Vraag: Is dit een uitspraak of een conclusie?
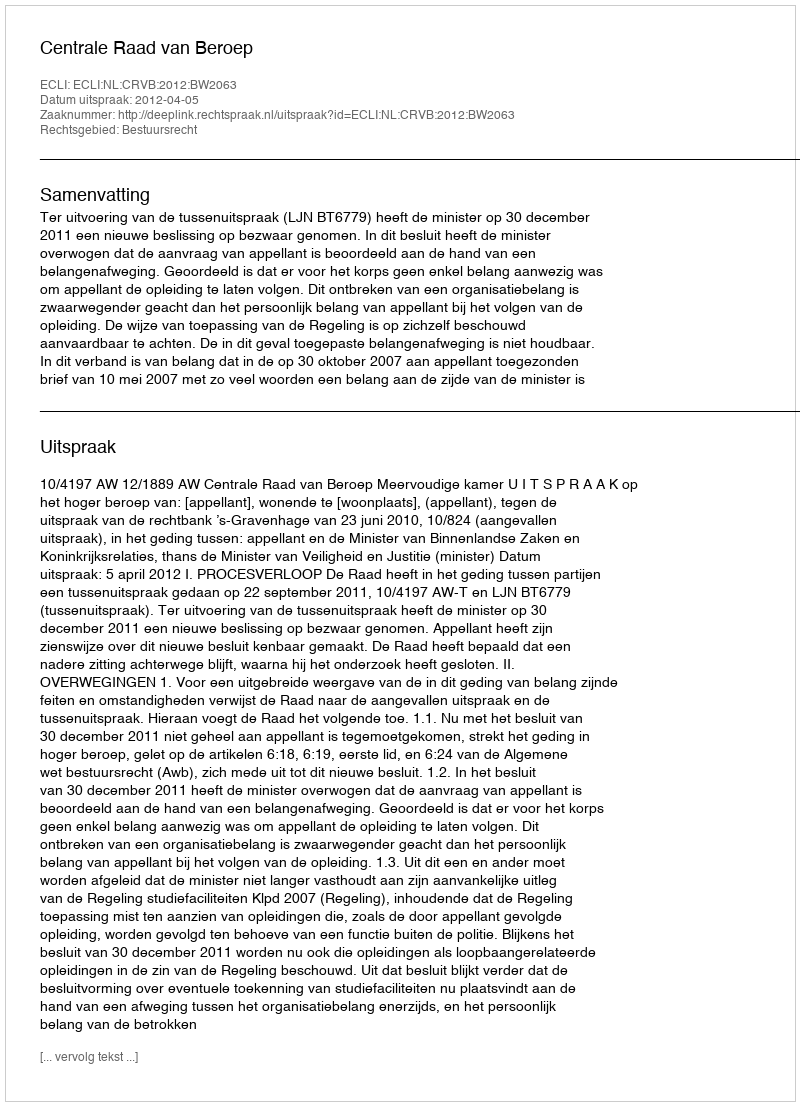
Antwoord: Uitspraak